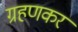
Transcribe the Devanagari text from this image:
ग्रहणकर